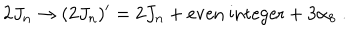
2 J _ { n } \rightarrow ( 2 J _ { n } ) ^ { \prime } = 2 J _ { n } + \mathrm { e v e n \ i n t e g e r } + 3 \alpha _ { 8 } \ .